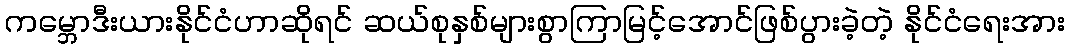
ကမ္ဘောဒီးယားနိုင်ငံဟာဆိုရင် ဆယ်စုနှစ်များစွာကြာမြင့်အောင်ဖြစ်ပွားခဲ့တဲ့ နိုင်ငံရေးအား